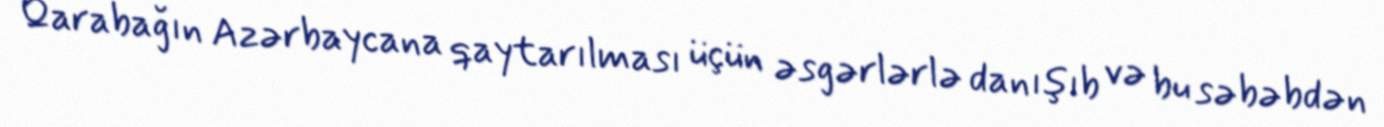
Qarabağın Azərbaycana qaytarılması üçün əsgərlərlə danışıb və bu səbəbdən